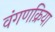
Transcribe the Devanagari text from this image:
वंगणक्रिया